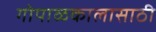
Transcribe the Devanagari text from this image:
गोपाळकालासाठी